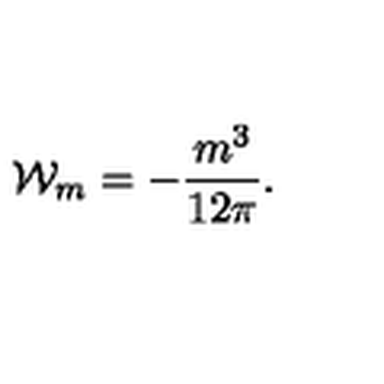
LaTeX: { \cal W } _ { m } = - \frac { m ^ { 3 } } { 1 2 \pi } .